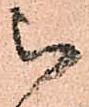
被